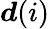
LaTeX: \boldsymbol{d}(i)